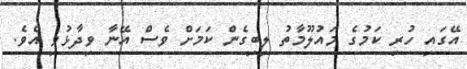
އޭގައި ހުރި ކަމުގެ މައުލޫމާތު ލިބިގެން ކަމަށް ވެސް އޭނާ ވިދާޅުވި އެވެ.